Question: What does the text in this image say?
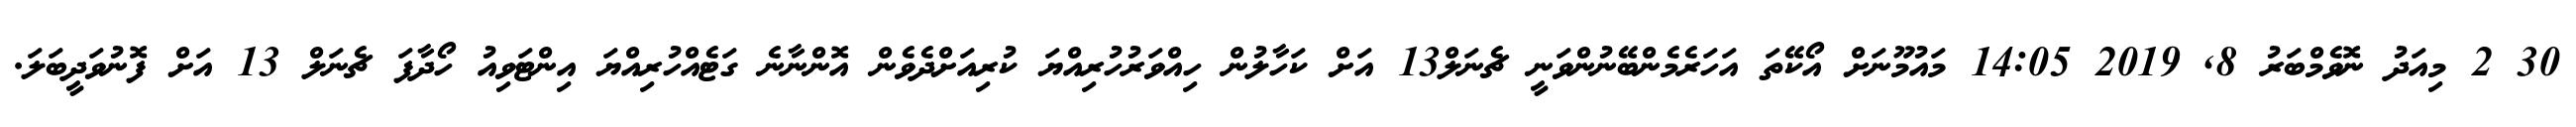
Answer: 30 2 މިއަދު ނޮވެމްބަރު 8, 2019 14:05 މައުމޫނަށް އޯކޭތަ އަހަރެމެންބޭނުންވަނީ ޗެނަލް13 އަށް ކަހާލުން ހިއްވަރުހުރިއްޔަ ކުރިއަށްދެވެން އޮންނާނެ ގަޓެއްހުރިއްޔަ އިންޓަވިއު ހޯދާފަ ޗެނަލް 13 އަށް ފޮނުވަދީބަލަ.